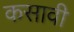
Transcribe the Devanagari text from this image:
कसावी